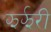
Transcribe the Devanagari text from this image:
झर्झरी